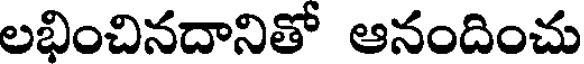
లభించినదానితో ఆనందించు